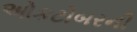
ઓકટોબરની